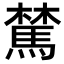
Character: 𩤆